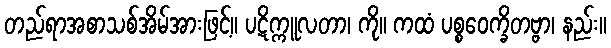
တည်ရာအစာသစ်အိမ်အားဖြင့်။ ပဋိက္ကူလတာ၊ ကို။ ကထံ ပစ္စဝေက္ခိတဗ္ဗာ၊ နည်း။